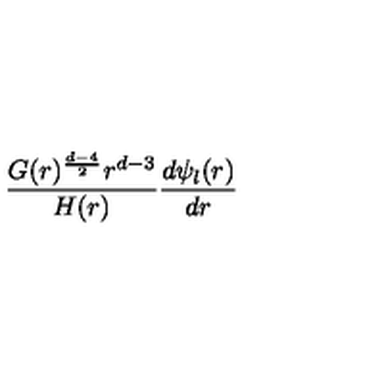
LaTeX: { \frac { G ( r ) ^ { { \frac { d - 4 } { 2 } } } r ^ { d - 3 } } { H ( r ) } } { \frac { d \psi _ { \l } ( r ) } { d r } }